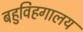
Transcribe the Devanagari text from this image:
बहुविहगालय